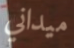
ميداني